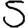
Digit: 5